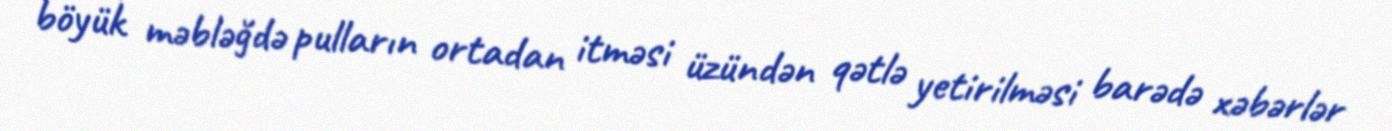
böyük məbləğdə pulların ortadan itməsi üzündən qətlə yetirilməsi barədə xəbərlər